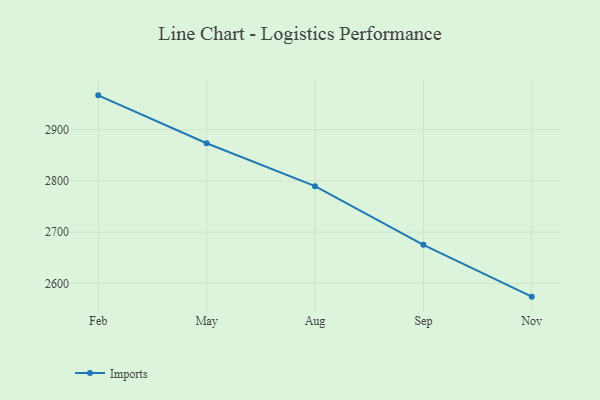
{"axis": {"x": "Month", "y": "Temperature (°C)"}, "legend": ["Imports"], "data": [{"x": "Feb", "y": 2966.9, "type": "Imports"}, {"x": "May", "y": 2873.4, "type": "Imports"}, {"x": "Aug", "y": 2789.8, "type": "Imports"}, {"x": "Sep", "y": 2675.3, "type": "Imports"}, {"x": "Nov", "y": 2574.2, "type": "Imports"}]}